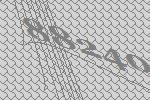
88240